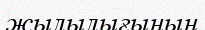
жылылығының